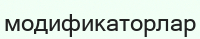
модификаторлар